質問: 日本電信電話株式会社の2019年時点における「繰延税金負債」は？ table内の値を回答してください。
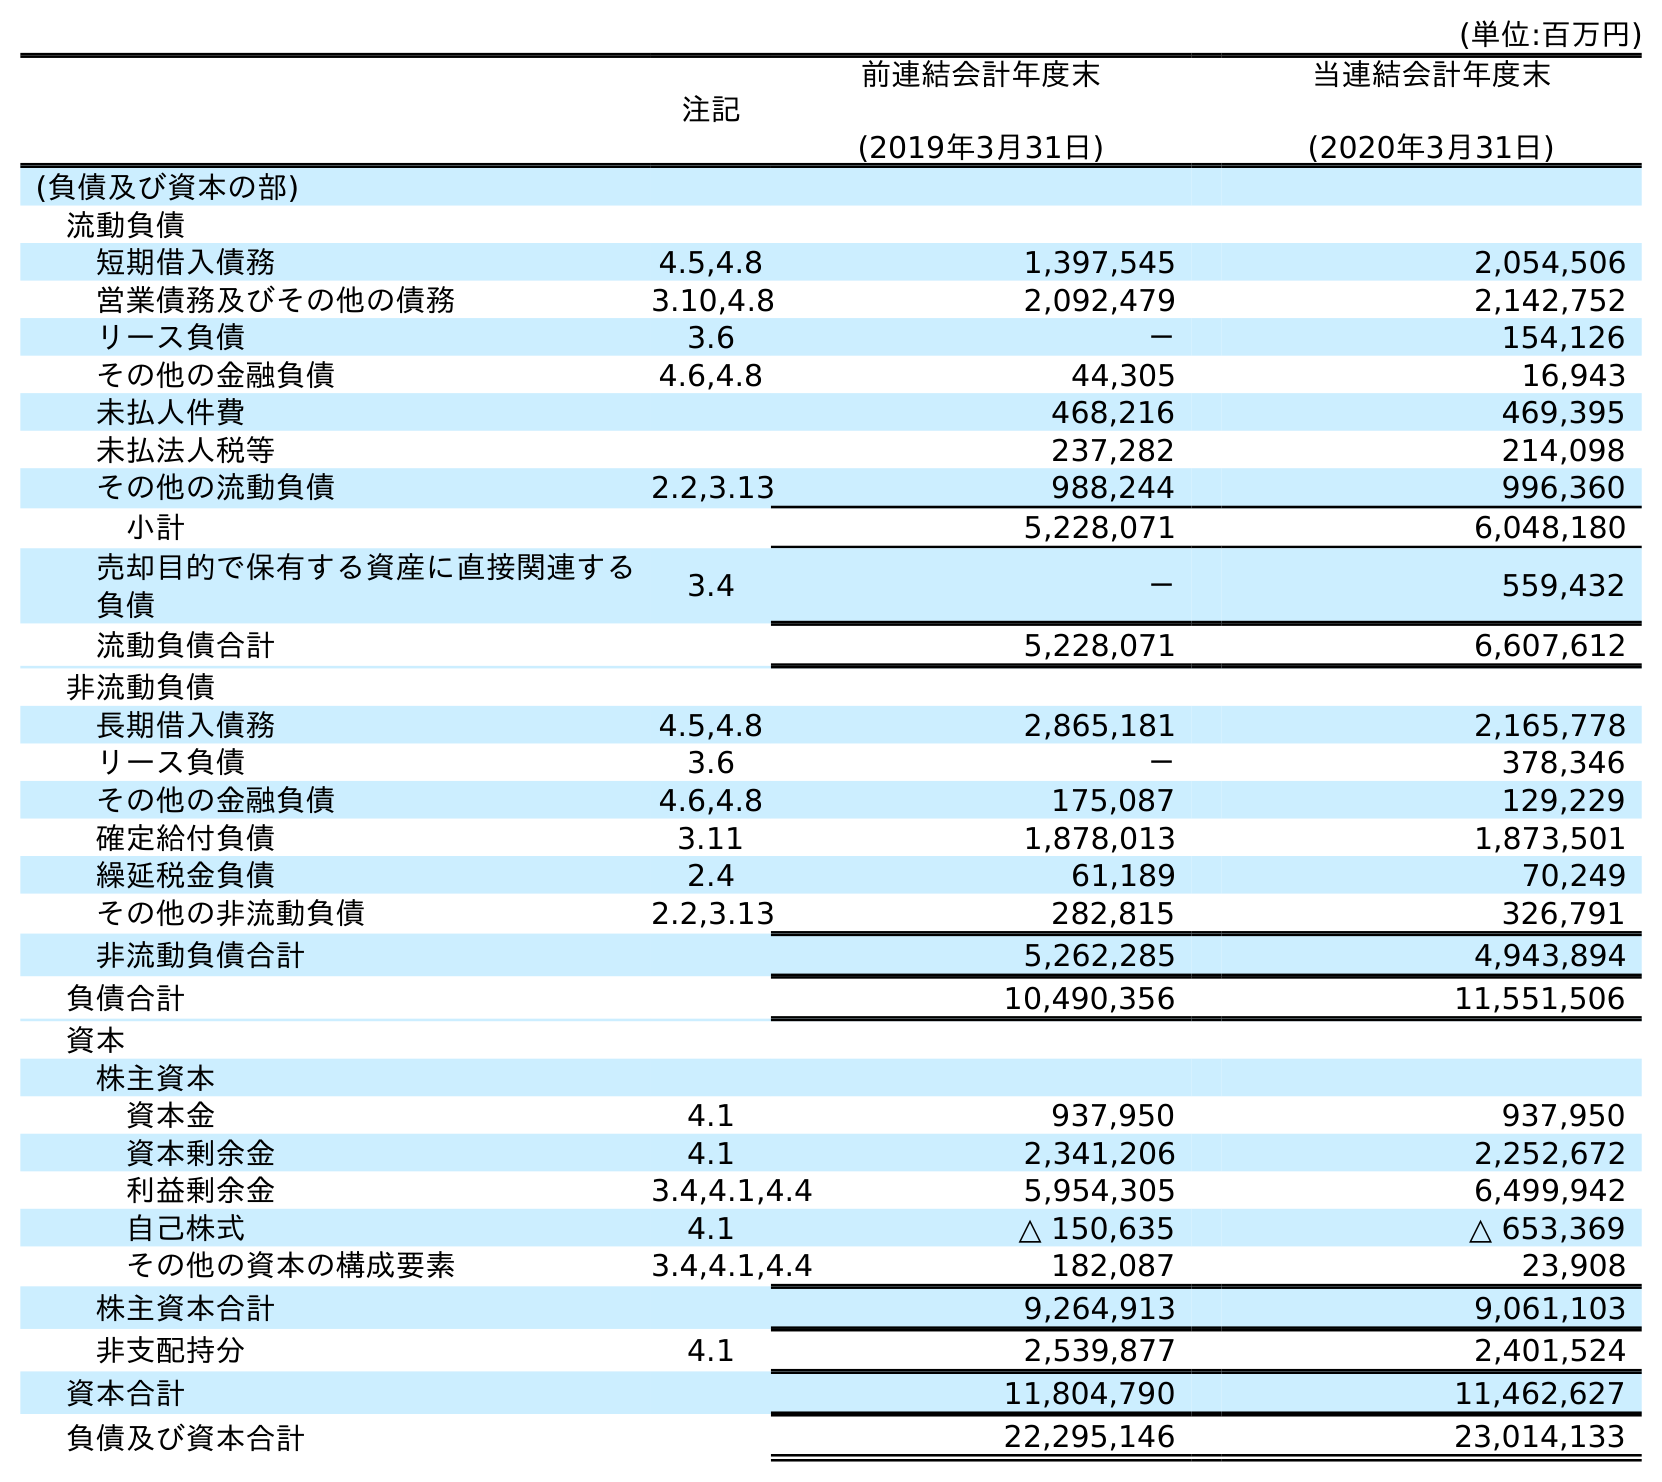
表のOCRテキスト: (単位:百万円) 注記 前連結会計年度末 (2019年3月31日) 当連結会計年度末 (2020年3月31日) (負債及び資本の部) 流動負債 短期借入債務 4.5,4.8 1,397,545 2,054,506 営業債務及びその他の債務 3.10,4.8 2,092,479 2,142,752 リース負債 3.6 － 154,126 その他の金融負債 4.6,4.8 44,305 16,943 未払人件費 468,216 469,395 未払法人税等 237,282 214,098 その他の流動負債 2.2,3.13 988,244 996,360 小計 5,228,071 6,048,180 売却目的で保有する資産に直接関連する 負債 3.4 － 559,432 流動負債合計 5,228,071 6,607,612 非流動負債 長期借入債務 4.5,4.8 2,865,181 2,165,778 リース負債 3.6 － 378,346 その他の金融負債 4.6,4.8 175,087 129,229 確定給付負債 3.11 1,878,013 1,873,501 繰延税金負債 2.4 61,189 70,249 その他の非流動負債 2.2,3.13 282,815 326,791 非流動負債合計 5,262,285 4,943,894 負債合計 10,490,356 11,551,506 資本 株主資本 資本金 4.1 937,950 937,950 資本剰余金 4.1 2,341,206 2,252,672 利益剰余金 3.4,4.1,4.4 5,954,305 6,499,942 自己株式 4.1 △ 150,635 △ 653,369 その他の資本の構成要素 3.4,4.1,4.4 182,087 23,908 株主資本合計 9,264,913 9,061,103 非支配持分 4.1 2,539,877 2,401,524 資本合計 11,804,790 11,462,627 負債及び資本合計 22,295,146 23,014,133
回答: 61,189